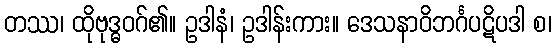
တဿ၊ ထိုဗုဒ္ဓဝဂ်၏။ ဥဒါနံ၊ ဥဒါန်းကား။ ဒေသနာဝိဘင်္ဂပဋိပဒါ စ၊